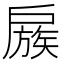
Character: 𢩜